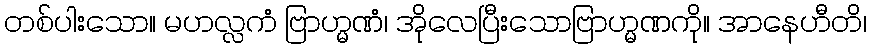
တစ်ပါးသော။ မဟလ္လကံ ဗြာဟ္မဏံ၊ အိုလေပြီးသောဗြာဟ္မဏကို။ အာနေဟီတိ၊